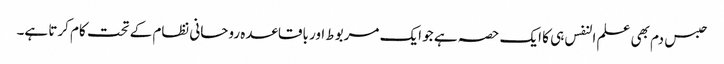
حبس دم بھی علم النفس ہی کا ایک حصہ ہے جو ایک مربوط اور باقاعدہ روحانی نظام کے تحت کام کرتا ہے۔